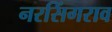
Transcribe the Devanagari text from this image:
नरसिंगराव